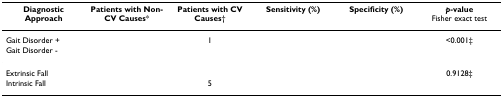
<table><thead><tr><td><b>Diagnostic Approach</b></td><td><b>Patients with Non-CV Causes*</b></td><td><b>Patients with CV Causes†</b></td><td><b>Sensitivity (%)</b></td><td><b>Specificity (%)</b></td><td><b><i>p</i>-valueFisher exact test</b></td></tr></thead><tbody><tr><td>Gait Disorder +</td><td>[EMPTY_CELL]</td><td>1</td><td>[EMPTY_CELL]</td><td>[EMPTY_CELL]</td><td>&lt;0.001‡</td></tr><tr><td>Gait Disorder -</td><td>[EMPTY_CELL]</td><td>[EMPTY_CELL]</td><td>[EMPTY_CELL]</td><td>[EMPTY_CELL]</td><td>[EMPTY_CELL]</td></tr><tr><td>Extrinsic Fall</td><td>[EMPTY_CELL]</td><td>[EMPTY_CELL]</td><td>[EMPTY_CELL]</td><td>[EMPTY_CELL]</td><td>0.9128‡</td></tr><tr><td>Intrinsic Fall</td><td>[EMPTY_CELL]</td><td>5</td><td>[EMPTY_CELL]</td><td>[EMPTY_CELL]</td><td>[EMPTY_CELL]</td></tr></tbody></table>